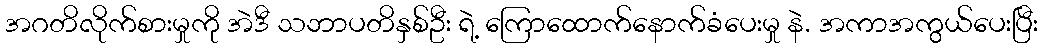
အဂတိလိုက်စားမှုကို အဲဒီ သဘာပတိနှစ်ဦး ရဲ့ ကြောထောက်နောက်ခံပေးမှု နဲ. အကာအကွယ်ပေးပြီး